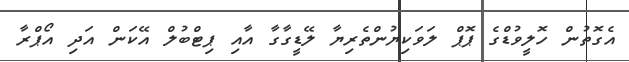
އެގޮތުން ހޮލީވުޑްގެ ޕޮޕް ލަވަކިޔުންތެރިޔާ ލޭޑީގާގާ އާއި ޕިޓްބުލް އޭކަން އަދި އޯޕްރާ